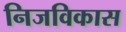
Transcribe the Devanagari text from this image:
निजविकास